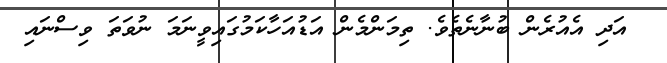
އަދި އެއުރެން ބުނާނެތެވެ. ތިމަންމެން އަޑުއަހާކަމުގައިވީނަމަ ނުވަތަ ވިސްނައި